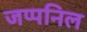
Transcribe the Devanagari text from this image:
जप्पनिल